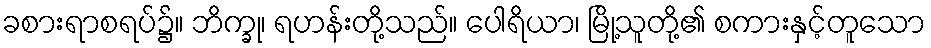
ခစားရာစရပ်၌။ ဘိက္ခု၊ ရဟန်းတို့သည်။ ပေါရိယာ၊ မြို့သူတို့၏ စကားနှင့်တူသော